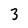
Character: 3